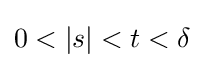
0<\vert s\vert <t<\delta